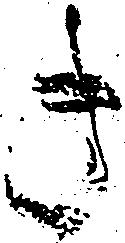
き